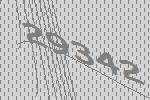
29342